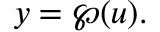
y = \wp ( u ) .